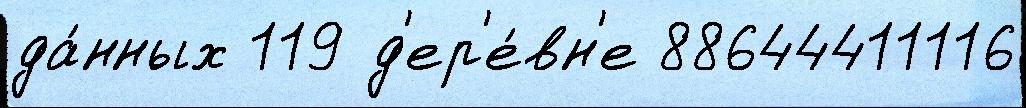
да́нных 119 д'ер'е́вн'е 88644411116